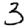
Digit: 3